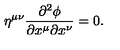
\eta ^ { \mu \nu } { \frac { \partial ^ { 2 } \phi } { \partial x ^ { \mu } \partial x ^ { \nu } } } = 0 .